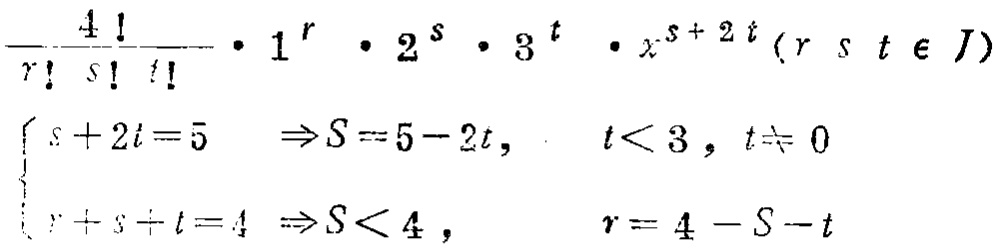
\[\frac{4!}{r!s!t!}\cdot1^r\cdot2^s\cdot3^t\cdot x^{s + 2t}(r,s,t\in J)\]

\[\begin{cases}

s + 2t = 5\Rightarrow S = 5 - 2t, &t < 3, t\neq 0\\

r + s + t = 4\Rightarrow S < 4, &r = 4 - S - t

\end{cases}\]